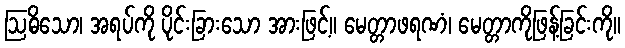
ဩဓိသော၊ အရပ်ကို ပိုင်းခြားသော အားဖြင့်။ မေတ္တာဖရဏံ၊ မေတ္တာကိုဖြန့်ခြင်းကို။